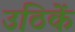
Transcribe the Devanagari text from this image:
उठिकें